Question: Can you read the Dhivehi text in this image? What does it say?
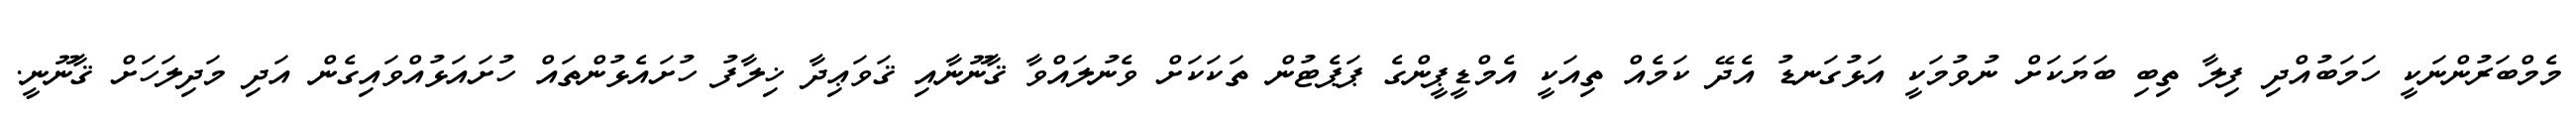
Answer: މެމްބަރުންނަކީ ހަމަބުއްދި ފިލާ ތިބި ބަޔަކަށް ނުވުމަކީ އަޅުގަނޑު އެދޭ ކަމެއް ތިއަކީ އެމްޑީޕީންގެ ޕަޕެޓުން ތަކަކަށް ވެނުލައްވާ ޤާނޫނާއި ޤަވަޢިދާ ޚިލާފު ހުށައެޅުންތައް ހުށައަޅުއްވައިގެން އަދި މަދިލަހަށް ޤާނޫނީ.